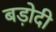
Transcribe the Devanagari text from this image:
बड़ोदी